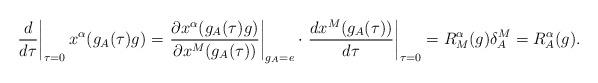
LaTeX: \begin{align*}\left. \frac{d}{d\tau}\right|_{\tau=0} x^{\alpha}(g_{A}(\tau)g)=\left.\frac{\partial x^{\alpha}(g_{A}(\tau)g)}{\partial x^{M}(g_{A}(\tau))}\right|_{g_{A}=e}\cdot\left.\frac{d x^{M}(g_{A}(\tau))}{d \tau}\right|_{\tau=0}=R^{\alpha}_{M}(g)\delta^{M}_{A}=R^{\alpha}_{A}(g).\end{align*}